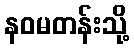
နဝမတန်းသို့